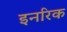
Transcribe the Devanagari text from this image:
इनरिक